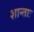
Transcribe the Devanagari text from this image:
शान्ताः